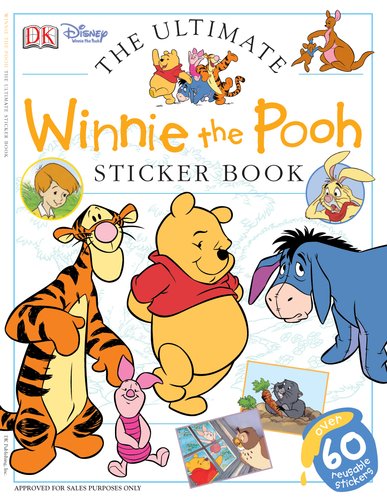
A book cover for Ultimate Sticker Book: Winnie the Pooh (Ultimate Sticker Books); DK Publishing; Children's Books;